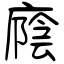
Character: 廕